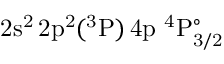
\mathrm { 2 s ^ { 2 } \, 2 p ^ { 2 } ( ^ { 3 } P ) \, 4 p ~ ^ { 4 } P _ { 3 / 2 } ^ { \circ } }